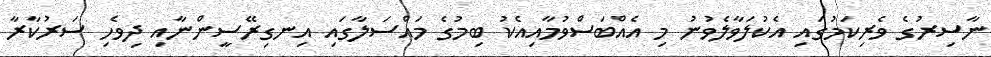
ނާސިރުގެ ވެރިކަމުގައި އެކުލަވާލެވުނު މި އެއްބަސްވުމާއިއެކު ބިމުގެ މައްސަލާގައި އިނގިރޭސީންނާއި ދިވެހި ސަރުކާރާ